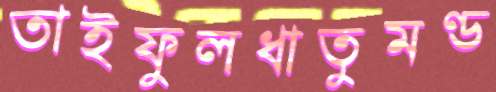
তাইফুলধাতুমণ্ড